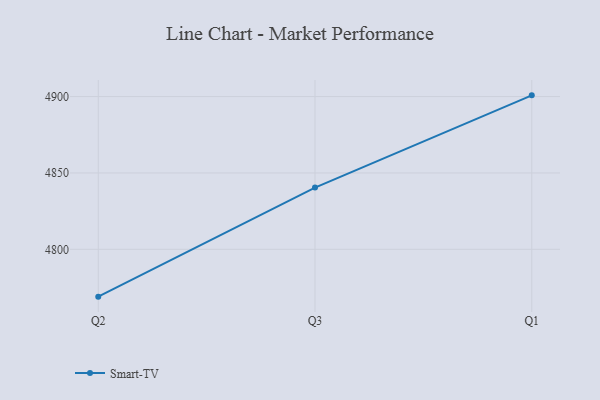
{"axis": {"x": "Quarter", "y": "Website Visitors"}, "legend": ["Smart-TV"], "data": [{"x": "Q2", "y": 4769.0, "type": "Smart-TV"}, {"x": "Q3", "y": 4840.4, "type": "Smart-TV"}, {"x": "Q1", "y": 4900.8, "type": "Smart-TV"}]}